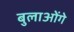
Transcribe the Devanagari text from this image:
बुलाओंगे